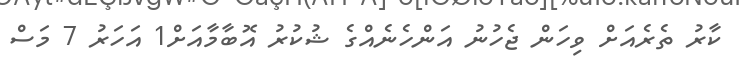
ކާރު ތެރެއަށް ވިހަން ޖެހުނު އަންހެނެއްގެ ޝުކުރު އޮބާމާއަށް1 އަހަރު 7 މަސް